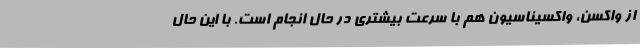
از واکسن، واکسیناسیون هم با سرعت بیشتری در حال انجام است. با این حال